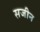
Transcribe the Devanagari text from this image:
सजीन